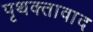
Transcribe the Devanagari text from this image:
पृथक्तावाद